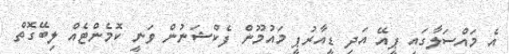
އެ މައްސަލާގައި ޕީއޭ އަދި ޑީއާރުޕީ މައުމޫން ފެކްޝަނުން ވަނީ ކޮމެންޓެއް ލިބޭގޮތް